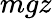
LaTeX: mgz